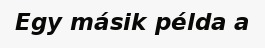
Egy másik példa a